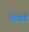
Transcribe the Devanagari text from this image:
छोपती